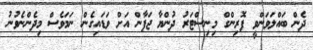
ދެން ބައްލަވަންވީ ފޮރިންގް މިނިސްޓަރު ދުންޔާ ޖަޕާން އަށް ވަޑައިގެން ނަމަވެސް މިދެންނެވުނު